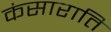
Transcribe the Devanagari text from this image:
कंसाराति